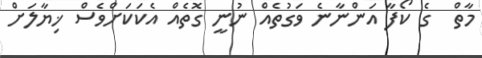
މާތް  ގެ ކޯފާ އަންނާނެ ވަގުތެއް ނުނީ ގޮތެއް އެކަކަށްވެސް ޚިޔާލަށް